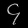
Digit: ၄